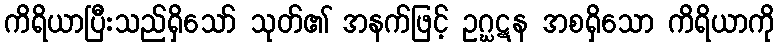
ကိရိယာပြီးသည်ရှိသော် သုတ်၏ အနက်ဖြင့် ဥဂ္ဃဋန အစရှိသော ကိရိယာကို